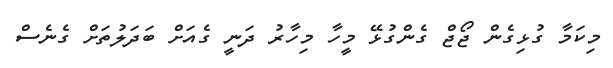
މިކަމާ ގުޅިގެން ޖޯޖް ގެންގުޅޭ މީހާ މިހާރު ދަނީ ގެއަށް ބަދަލުތަށް ގެނެސް